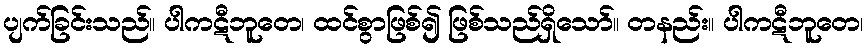
ပျက်ခြင်းသည်။ ပါကဋီဘူတေ၊ ထင်စွာဖြစ်၍ ဖြစ်သည်ရှိသော်။ တနည်း။ ပါကဋီဘူတေ၊